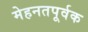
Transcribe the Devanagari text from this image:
मेहनतपूर्वक